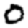
Digit: 0